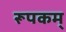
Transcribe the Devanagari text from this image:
रूपकम्